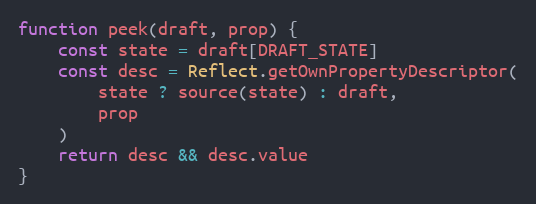
Language: JavaScript
function peek(draft, prop) {
    const state = draft[DRAFT_STATE]
    const desc = Reflect.getOwnPropertyDescriptor(
        state ? source(state) : draft,
        prop
    )
    return desc && desc.value
}